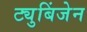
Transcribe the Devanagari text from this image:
ट्युबिंजेन